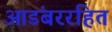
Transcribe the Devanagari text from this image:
आडंबररहित